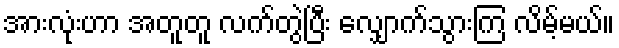
အားလုံးဟာ အတူတူ လက်တွဲပြီး လျှောက်သွားကြ လိမ့်မယ်။